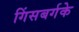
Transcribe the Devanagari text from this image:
गिंसबर्गके